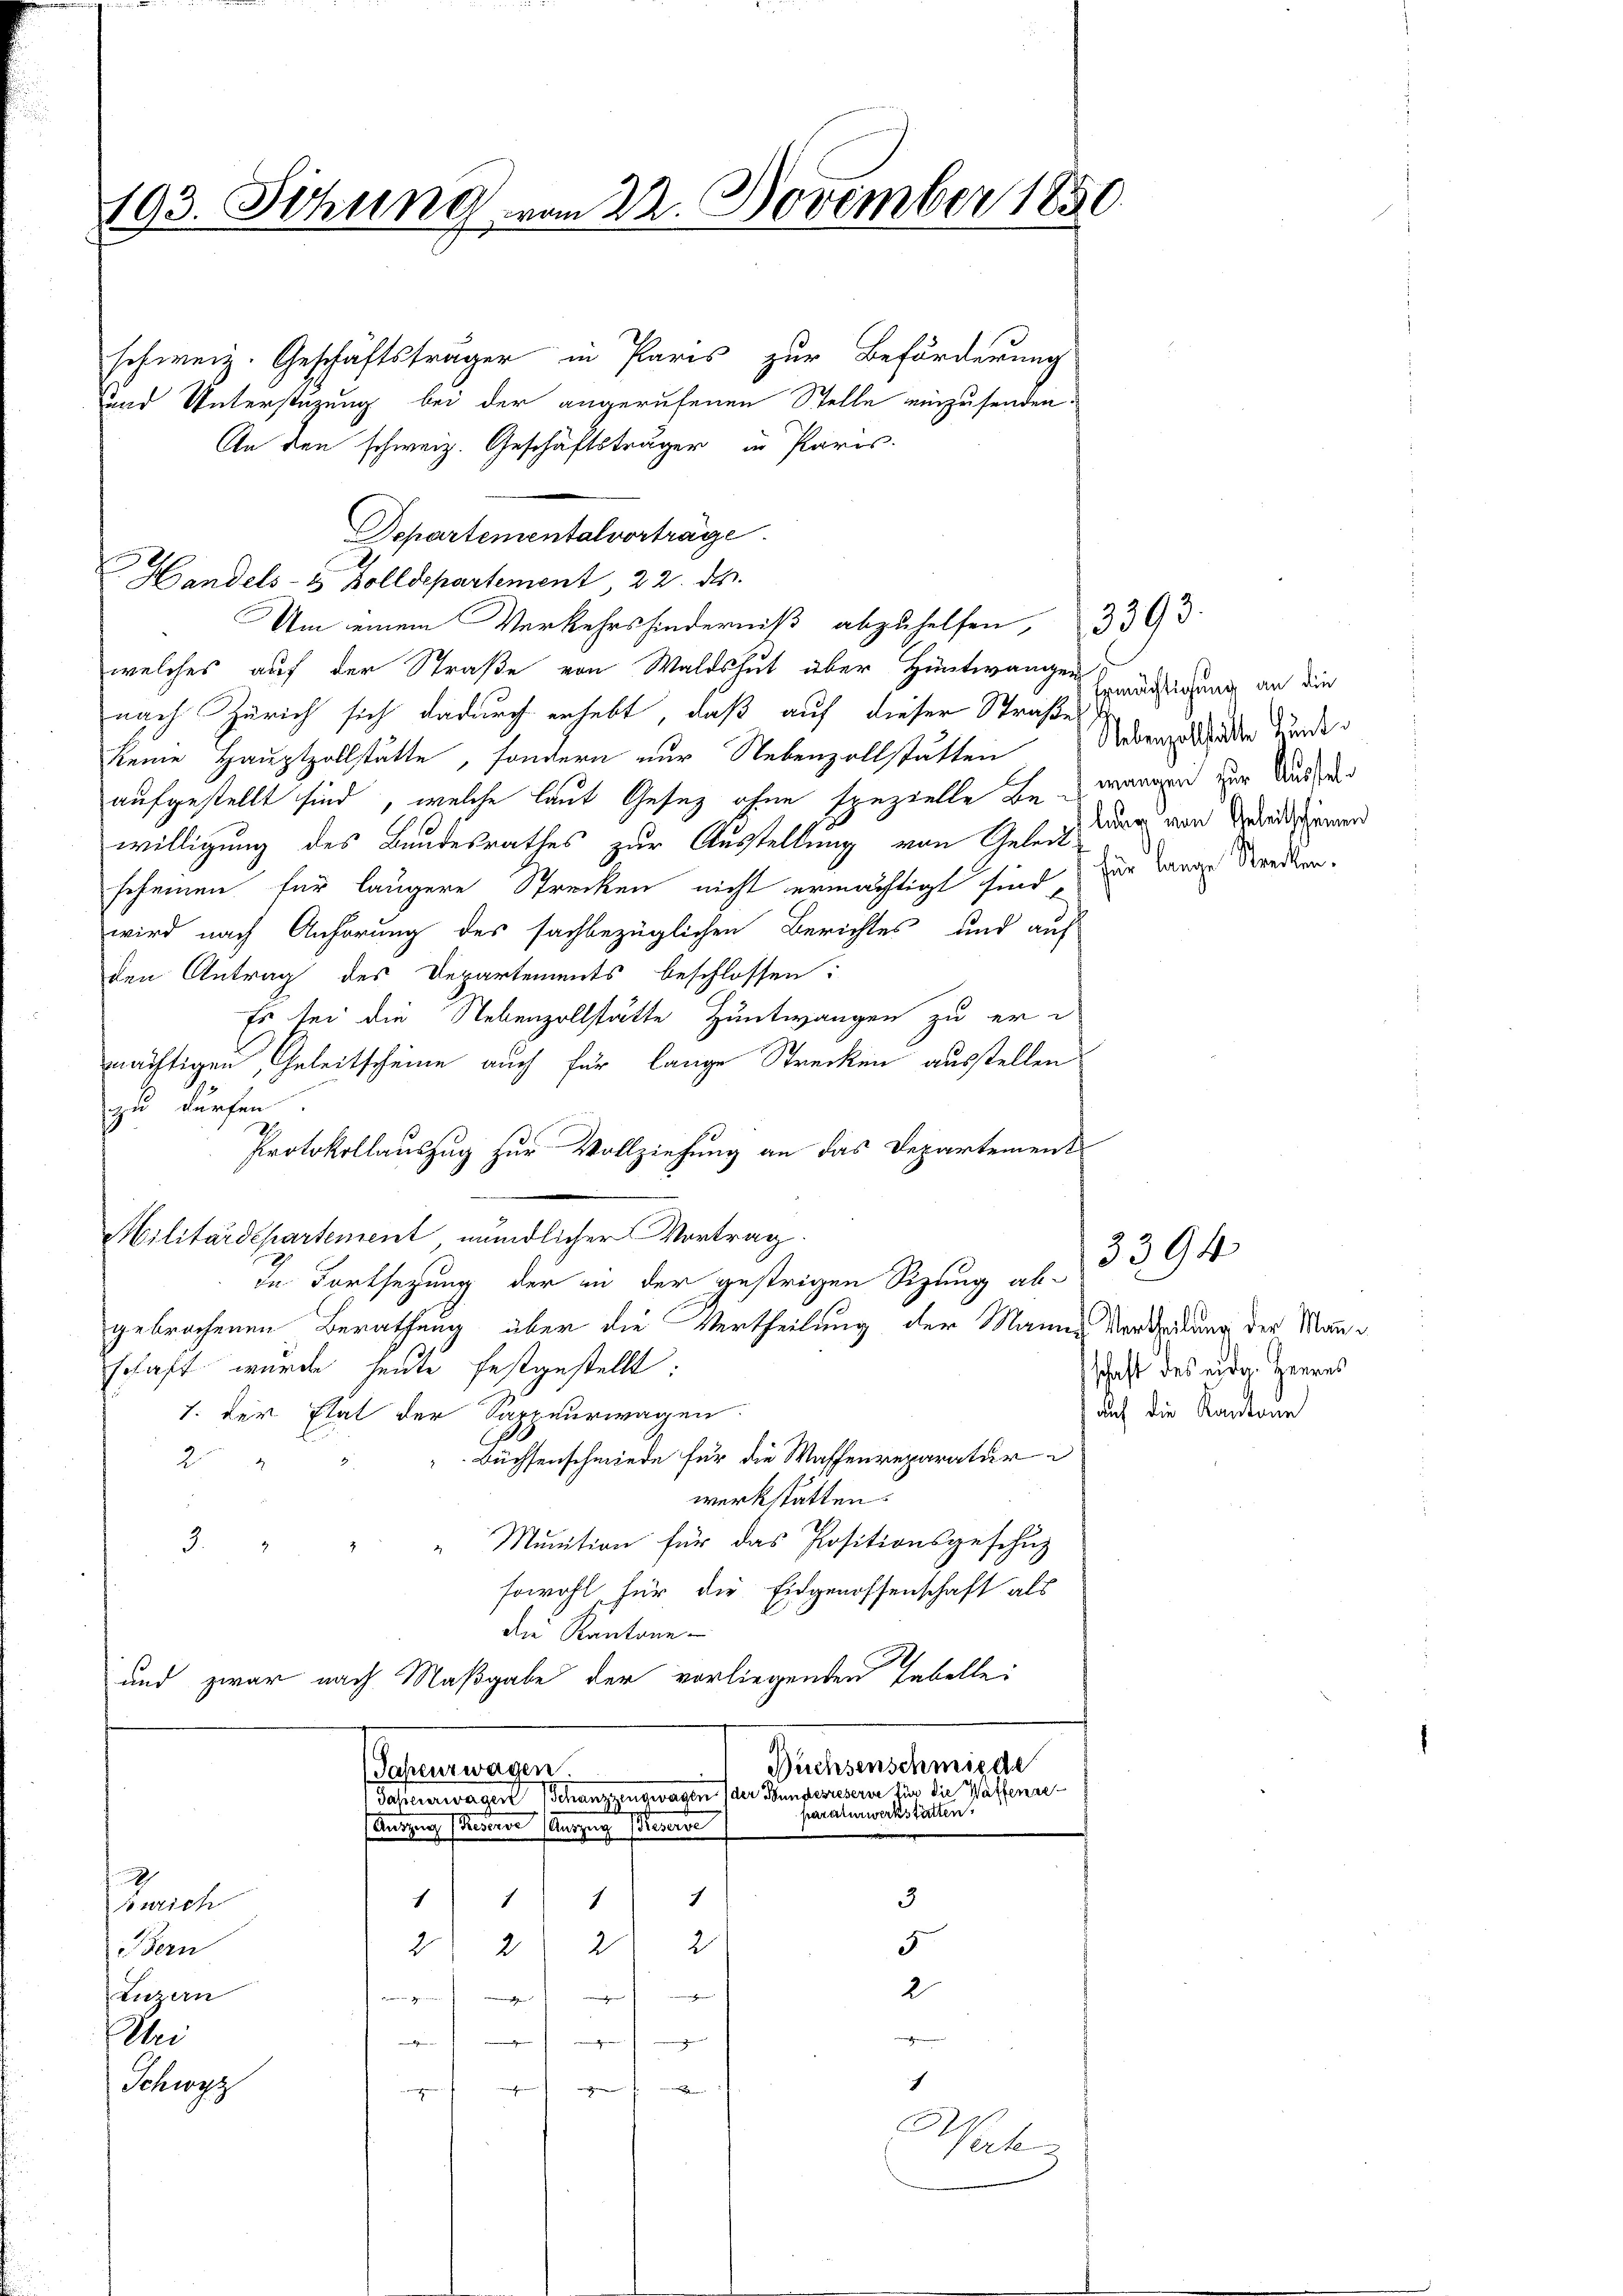
193. Sitzung vom 22. November 1850.

schweiz. Geschäftsträger in Paris zur Beförderung
und Unterstüzung bei der angerufenen Stelle einzusenden.
An den schweiz. Geschäftsträger in Paris.
Departementalvorträge
Handels- & Zolldepartement 22. d.
Um einem Verkehrshinderniß abzuhelfen, 3303
welches auf der Straße von Waldshut über Hüntwangen
nach Zürich sich dadurch erhebt, daß auf dieser Straße
keine Hauptzollstätte, sondern nur Nebenzollstätten
aufgestellt sind, welche laut Gesez ohne spezielle an waren zur Ander
willigung des Bundesrathes zur Ausstellung von Geleit
scheinen für längere Strecken nicht ermächtigt sind zur Lange Kredtenwird nach Anhörung des sachbezüglichen Berichtes und auf
den Antrag des Departements beschlossen:
Es sei die Nebenzollstätte Hüntwangen zu er-
mächtigen Geleitscheine auch für lange Strecken ausstellen
zu dürfen.
Protokollauszug zur Vollziehung an das Departement
Hilitärdepartement, mündlicher Vortrag.
In Fortsetzung der in der gestrigen Sizung ab-
gebrochenen Berathung über die Vertheilung der Manne Vertheilung der Mauschaft wurde heute festgestellt:
7. Der Etat der Sarpeurwagen
Büchsenschmiede für die Waffenreparatur
25
werkstätten.
" " Munition für das Positionsgeschŭz
d
sowohl für die Eidgenossenschaft als
die Kantone
und zwar nach Maßgabe der vorliegenden Tabellei
Büchsenschmitte
Japeurwagen
Jaheverwagen Schanzengwagen (der Bundesreserie für die Waffenseparaturwerkstatten.
Autzung seinen Anzeigt seiner
h
1
1
3
1
1
Fnrich
5
2
2
2
2
i Fern
2
Luzern
Mienen Gemeinden
t
ei
ein
.
i
 schen de
1
Schwyz
e
e
m
neingen
.
Verle

Ermächtigung an die
Nebenzollstätte Lant.
leur von Geleitscheinen

schaft des eidg. Herres
auf die Kantone

3394